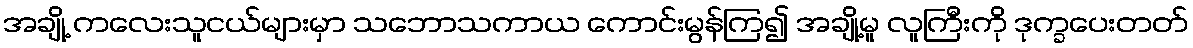
အချို့ ကလေးသူငယ်များမှာ သဘောသကာယ ကောင်းမွန်ကြ၍ အချို့မူ လူကြီးကို ဒုက္ခပေးတတ်